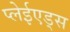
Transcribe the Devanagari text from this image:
प्लेईएड्स